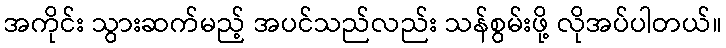
အကိုင်း သွားဆက်မည့် အပင်သည်လည်း သန်စွမ်းဖို့ လိုအပ်ပါတယ်။